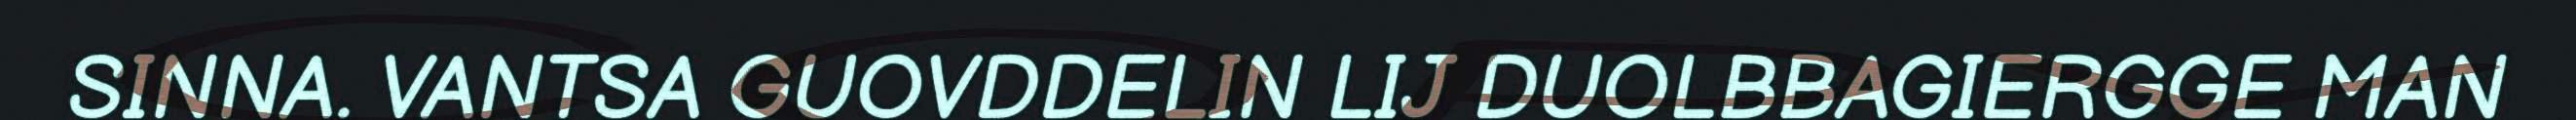
SINNA. VANTSA GUOVDDELIN LIJ DUOLBBAGIERGGE MAN